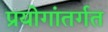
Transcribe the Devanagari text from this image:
प्रयोगांतर्गत